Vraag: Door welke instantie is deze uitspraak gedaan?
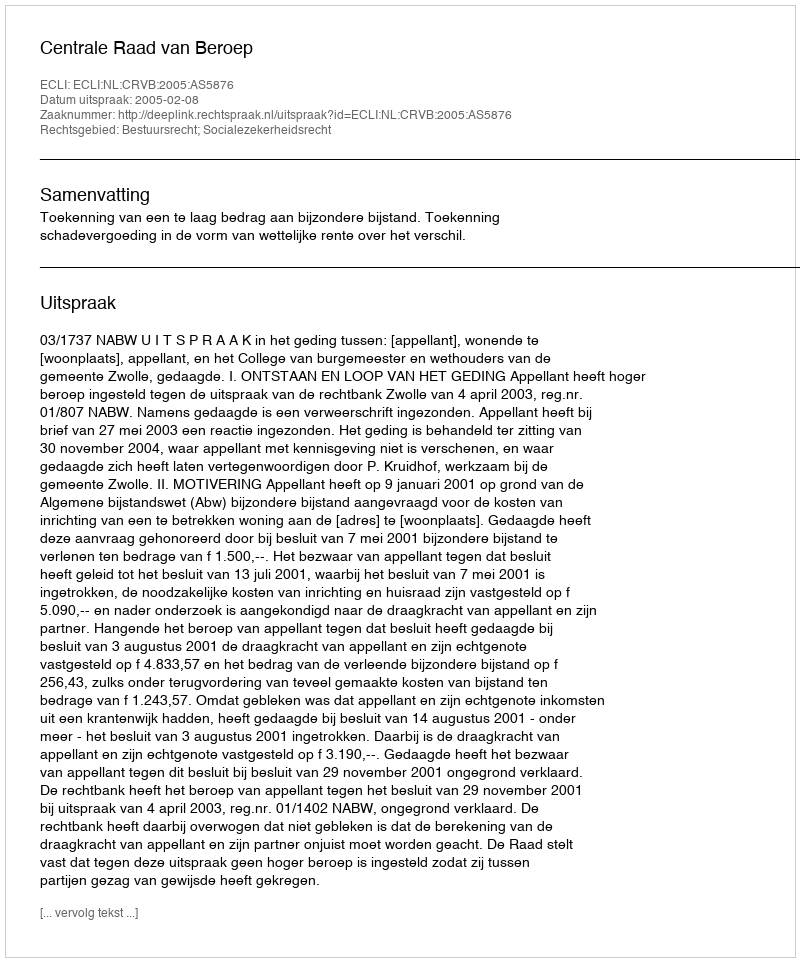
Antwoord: Centrale Raad van Beroep